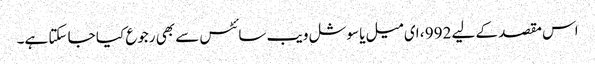
اس مقصد کے لیے 992 ، ای میل یا سوشل ویب سائٹس سے بھی رجوع کیا جا سکتا ہے۔